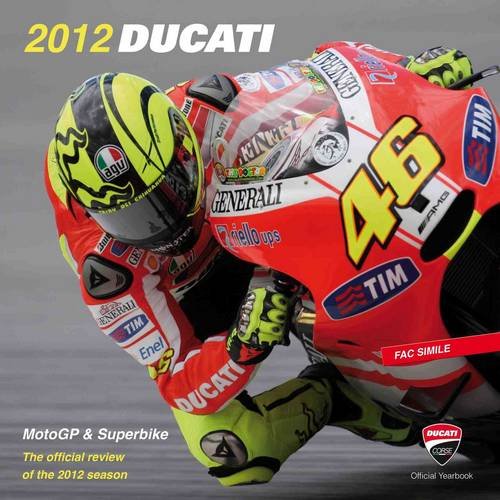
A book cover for Ducati 2012: MotoGP & Superbike Official Review (English and Italian Edition); Sports & Outdoors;